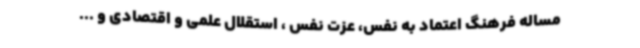
مساله فرهنگ اعتماد به نفس، عزت نفس ، استقلال علمی و اقتصادی و ...